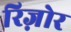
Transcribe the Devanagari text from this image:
रिज़ोर